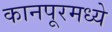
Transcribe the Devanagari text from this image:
कानपूरमध्ये